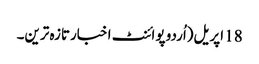
18 اپریل(اُردو پوائنٹ اخبارتازہ ترین۔